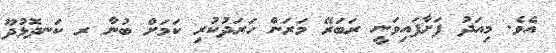
އެވެ. މިއަދު ފަށާފައިވަނީ ރަބަރޭ މަރަން ހަރަދުކުރި ކަމަށް ބުނާ ރ ކަނދޮޅުދޫ